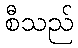
စီသည်